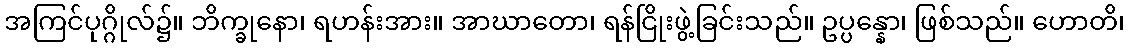
အကြင်ပုဂ္ဂိုလ်၌။ ဘိက္ခုနော၊ ရဟန်းအား။ အာဃာတော၊ ရန်ငြိုးဖွဲ့ခြင်းသည်။ ဥပ္ပန္နော၊ ဖြစ်သည်။ ဟောတိ၊